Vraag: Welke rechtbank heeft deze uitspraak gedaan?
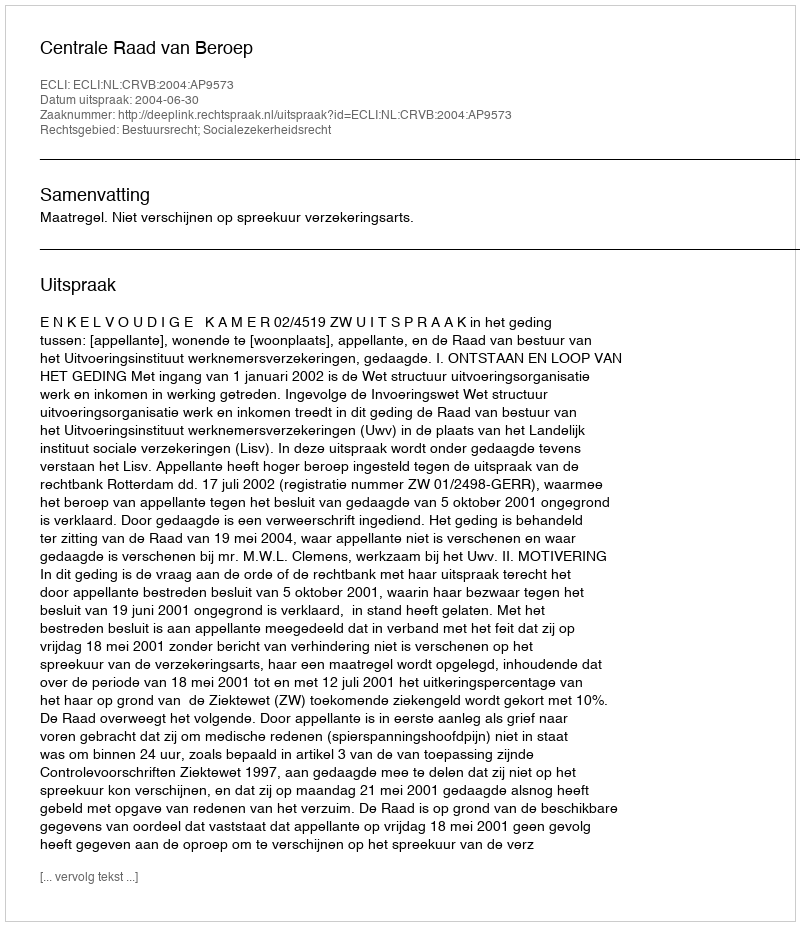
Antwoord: Centrale Raad van Beroep